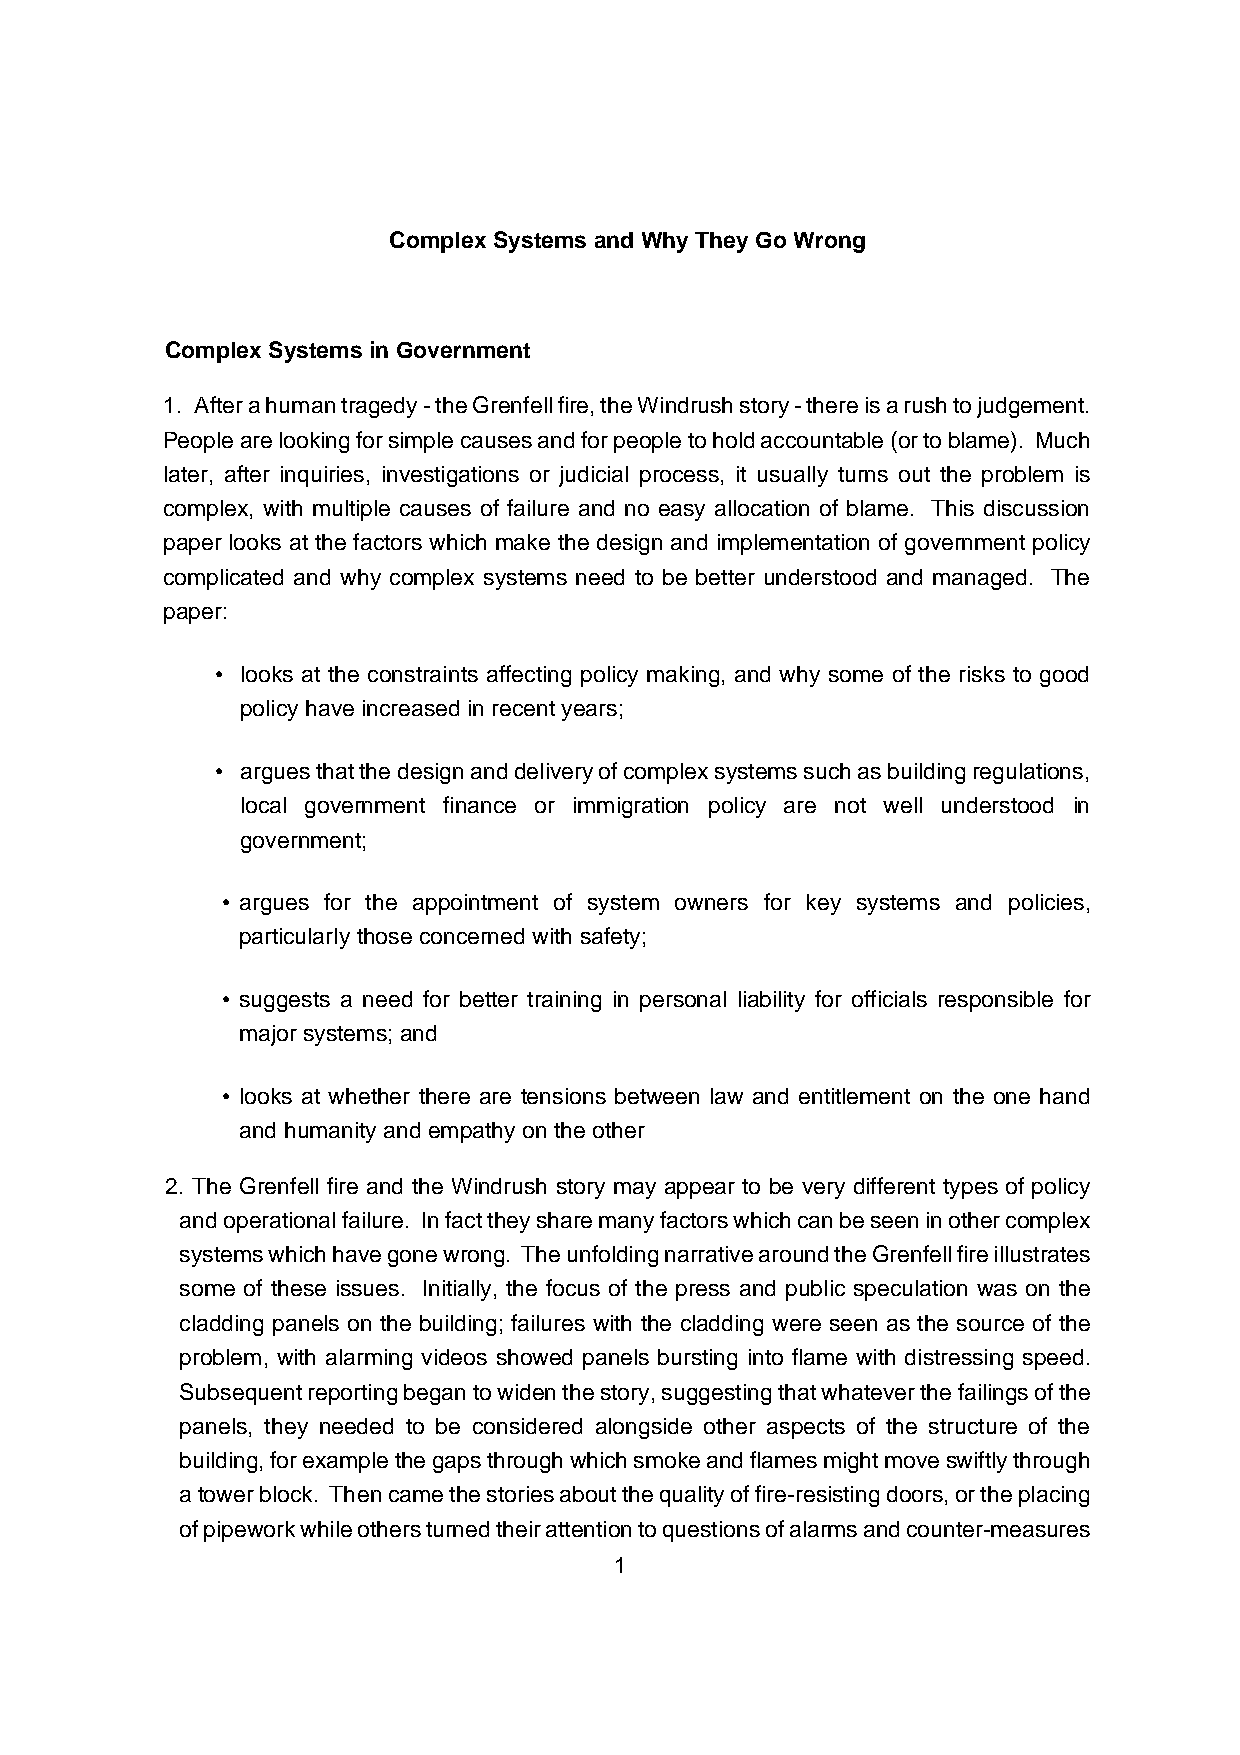
Complex Systems and Why They Go Wrong
 Complex Systems in Government
 1. After a human tragedy - the Grenfell fire, the Windrush story - there is a rush to judgement.
 People are looking for simple causes and for people to hold accountable (or to blame). Much
 later, after inquiries, investigations or judicial process, it usually turns out the problem is
 complex, with multiple causes of failure and no easy allocation of blame. This discussion
 paper looks at the factors which make the design and implementation of government policy
 complicated and why complex systems need to be better understood and managed. The
 paper:
 • looks at the constraints affecting policy making, and why some of the risks to good
 policy have increased in recent years;
 • argues that the design and delivery of complex systems such as building regulations,
 local government finance or immigration policy are not well understood in
 government;
 • argues for the appointment of system owners for key systems and policies,
 particularly those concerned with safety;
 • suggests a need for better training in personal liability for officials responsible for
 major systems; and
 • looks at whether there are tensions between law and entitlement on the one hand
 and humanity and empathy on the other
 2. The Grenfell fire and the Windrush story may appear to be very different types of policy
 and operational failure. In fact they share many factors which can be seen in other complex
 systems which have gone wrong. The unfolding narrative around the Grenfell fire illustrates
 some of these issues. Initially, the focus of the press and public speculation was on the
 cladding panels on the building; failures with the cladding were seen as the source of the
 problem, with alarming videos showed panels bursting into flame with distressing speed.
 Subsequent reporting began to widen the story, suggesting that whatever the failings of the
 panels, they needed to be considered alongside other aspects of the structure of the
 building, for example the gaps through which smoke and flames might move swiftly through
 a tower block. Then came the stories about the quality of fire-resisting doors, or the placing
 of pipework while others turned their attention to questions of alarms and counter-measures
 1